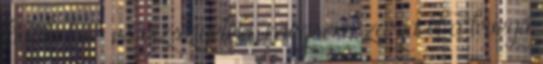
kiváló hő- és vízszigetelő, mégsem zárja el a levegő